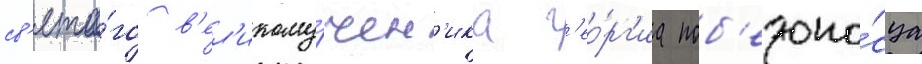
св'ято́го в'ел'икому́чен'ика г'ео́рг'иа поб'едоно́сца